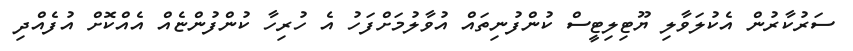
ސަރުކާރުން އެކުލަވާލި ޔޫޓިލިޓީސް ކުންފުނިތައް އުވާލުމަށްފަހު އެ ހުރިހާ ކުންފުންޏެއް އެއްކޮށް އުފެއްދި